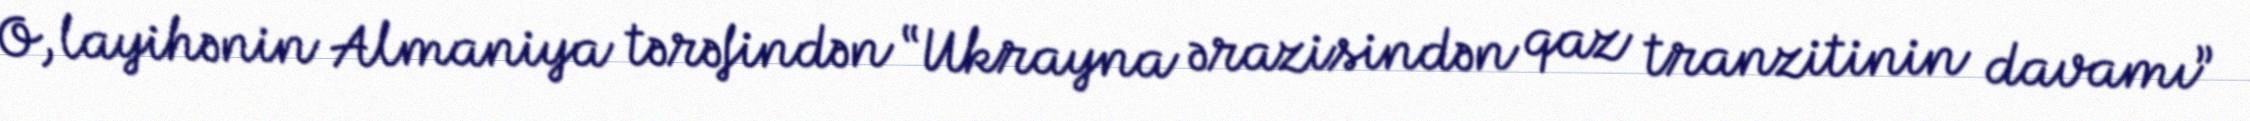
O, layihənin Almaniya tərəfindən “Ukrayna ərazisindən qaz tranzitinin davamı”